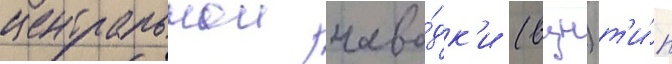
центральнои наво́дк'и (вцн) т'и́п